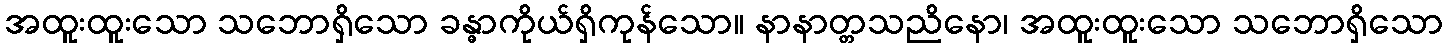
အထူးထူးသော သဘောရှိသော ခန္ဓာကိုယ်ရှိကုန်သော။ နာနာတ္တသညိနော၊ အထူးထူးသော သဘောရှိသော